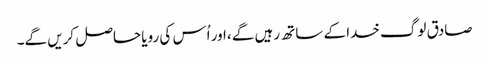
صادق لوگ خدا کے ساتھ رہیں گے ،اور اُس کی رویا حاصل کریں گے۔